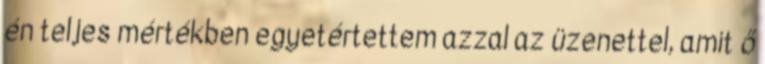
én teljes mértékben egyetértettem azzal az üzenettel, amit ő